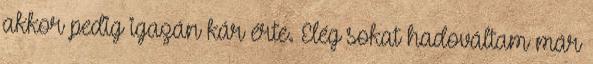
akkor pedig igazán kár érte. Elég sokat hadováltam már